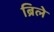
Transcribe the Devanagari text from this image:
ब्रिले